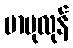
ဗာဗုလုန်